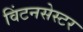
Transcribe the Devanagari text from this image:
विंटनसेस्टर